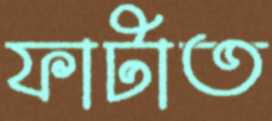
ফাটাত